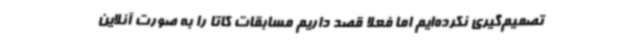
تصمیم‌گیری نکرده‌ایم اما فعلا قصد داریم مسابقات کاتا را به صورت آنلاین